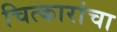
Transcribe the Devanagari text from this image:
चित्कारांचा